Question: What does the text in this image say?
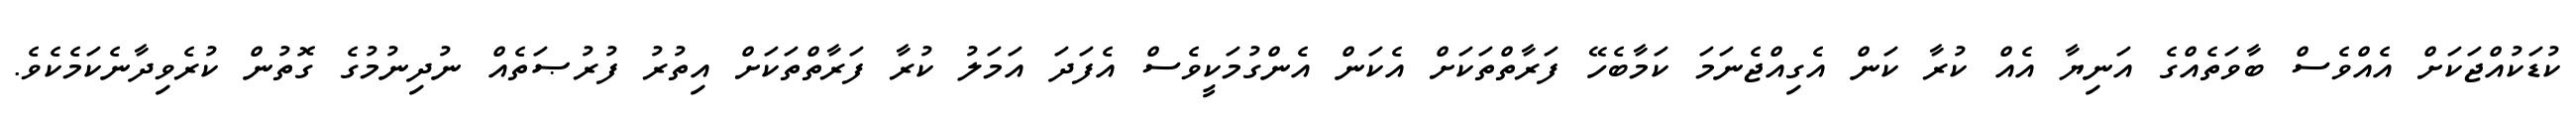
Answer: ކުޑަކުއްޖަކަށް އެއްވެސް ބާވަތެއްގެ އަނިޔާ އެއް ކުރާ ކަން އެގިއްޖެނަމަ ކަމާބެހޭ ފަރާތްތަކަށް އެކަން އެންގުމަކީވެސް އެފަދަ އަމަލު ކުރާ ފަރާތްތަކަށް އިތުރު ފުރުޞަތެއް ނުދިނުމުގެ ގޮތުން ކުރެވިދާނެކަމެކެވެ.